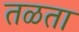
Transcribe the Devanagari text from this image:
तळता